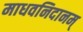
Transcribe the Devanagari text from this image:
माधवनिदानम्